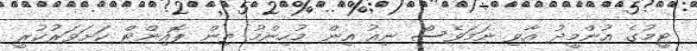
ޓީމުގެ އުންމީދު އާވި ނަމަވެސް ނިއު އިން މުހިންމު ތިން ޕޮއިންޓް ކަށަވަރުކުރީ